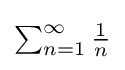
{\textstyle \sum _{n=1}^{\infty }{\frac {1}{n}}}